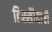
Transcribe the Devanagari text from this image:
हिस्सेोदारी